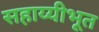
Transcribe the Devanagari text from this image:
सहाय्यीभूत